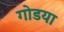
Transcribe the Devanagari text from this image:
गोडया